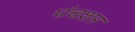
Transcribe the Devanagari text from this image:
पंचशर